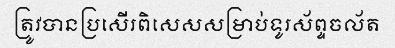
ត្រូវបានប្រសើរពិសេសសម្រាប់ទូរស័ព្ទចល័ត